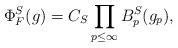
LaTeX: \begin{align*} \Phi_F^{S}(g) = C_{S} \prod\limits_{p \leq \infty} B_p^{S}(g_p),\end{align*}